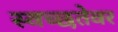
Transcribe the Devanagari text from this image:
स्वच्छतेवर